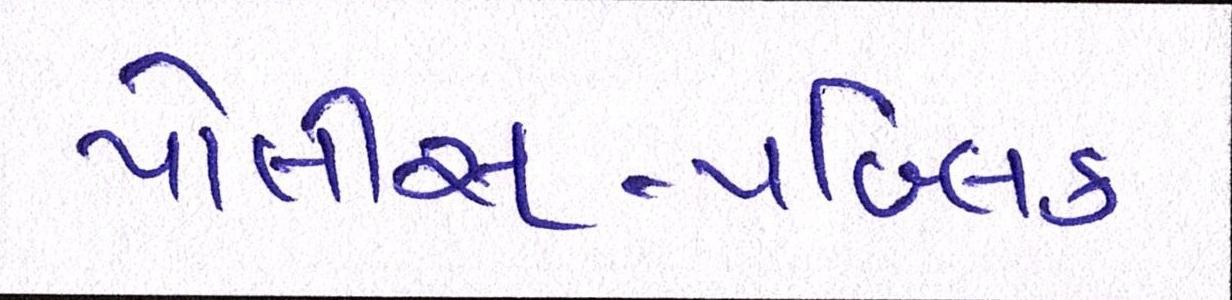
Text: પોલીસ-પબ્લિક